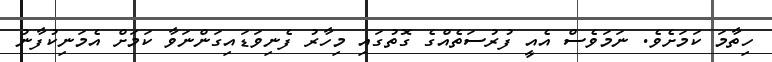
ހިތާމަ ކަމަށެވެ. ނަމަވެސް އެއީ ފުރުސަތެއްގެ ގޮތުގައި މިހާރު ފެނިވަޑައިގަންނަވާ ކަމަށް އެމަނިކުފާނު